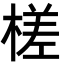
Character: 槎